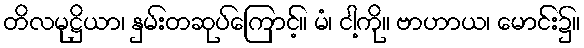
တိလမုဋ္ဌိယာ၊ နှမ်းတဆုပ်ကြောင့်။ မံ၊ ငါ့ကို။ ဗာဟာယ၊ မောင်း၌။